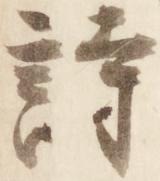
詩